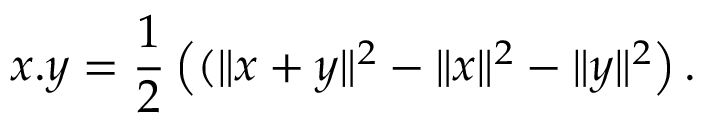
x . y = { \frac { 1 } { 2 } } \left( ( \| x + y \| ^ { 2 } - \| x \| ^ { 2 } - \| y \| ^ { 2 } \right) .